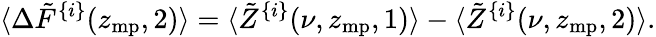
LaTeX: \langle\Delta\tilde{F}^{\{ i\} }(z_{\mathrm{mp}},2)\rangle=\langle\tilde{Z}^{\{ i\} }(\nu,z_{\mathrm{mp}},1)\rangle-\langle\tilde{Z}^{\{ i\} }(\nu,z_{\mathrm{mp}},2)\rangle.